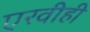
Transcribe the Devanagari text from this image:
एरवीही